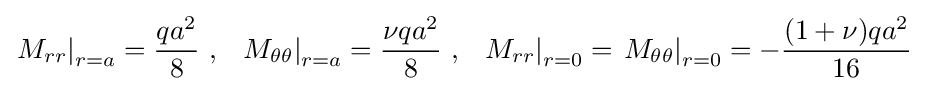
\left.M_{rr}\right|_{r=a}={\frac {qa^{2}}{8}}~,~~\left.M_{\theta \theta }\right|_{r=a}={\frac {\nu qa^{2}}{8}}~,~~\left.M_{rr}\right|_{r=0}=\left.M_{\theta \theta }\right|_{r=0}=-{\frac {(1+\nu )qa^{2}}{16}}